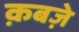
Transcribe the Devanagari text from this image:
क़बज़े